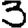
Digit: 3